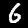
Label: 6